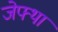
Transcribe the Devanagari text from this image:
जेफ्था